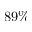
8 9 \%